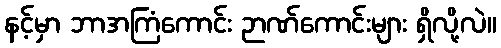
နင့်မှာ ဘာအကြံကောင်း ဉာဏ်ကောင်းများ ရှိလို့လဲ။